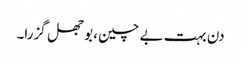
دن بہت بے چین، بوجھل گزرا۔